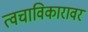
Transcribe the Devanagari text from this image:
त्वचाविकारावर